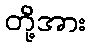
တို့အား